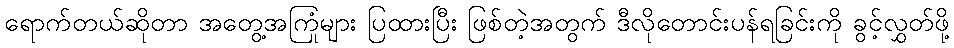
ရောက်တယ်ဆိုတာ အတွေ့အကြုံများ ပြထားပြီး ဖြစ်တဲ့အတွက် ဒီလိုတောင်းပန်ရခြင်းကို ခွင့်လွှတ်ဖို့